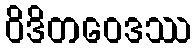
ဝိဒိတဝေဒဿ